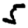
Digit: 5